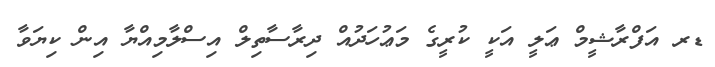
ޑރ އަފްރާޝީމް ޢަލީ އަކީ ކުރީގެ މަޢުހަދުއް ދިރާސާތިލް އިސްލާމިއްޔާ އިން ކިޔަވާ